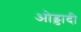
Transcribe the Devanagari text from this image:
ओड्डादी